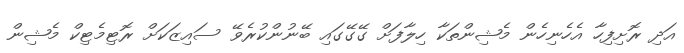
އަދި ރޮށިފިހާ އެހެނިހެން މެޝިންތަކާ ހިލާފަށް ގޭގޭގައި ބޭނުންކުރެވޭ ސައިޒަކަށް ރޮޓިމެޓިކް މެޝިން